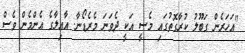
"އަހަރެން ގަބޫލު ކުރާގޮތުގައި މެސީ އަކީ ދެވަނަ މެރެޑޯނާ. އާއިލާގެ އެންމެން ވެސް